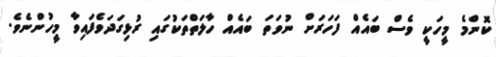
ކޮންމެ މީހަކީ ވެސް ބައެއް ފަހަރަށް ނުވަތަ ބައެއް ހާލަތްތަކުގައި ރުޅިގަދަވެފައިވާ މީހުންނެވެ.